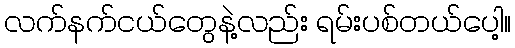
လက်နက်ငယ်တွေနဲ့လည်း ရမ်းပစ်တယ်ပေါ့။